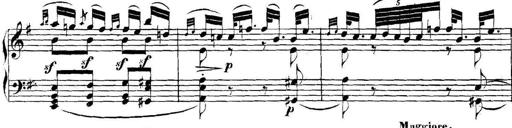
Title: Collected Piano Sonatas
Composer: Muzio Clementi